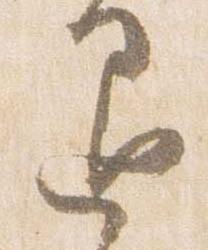
退